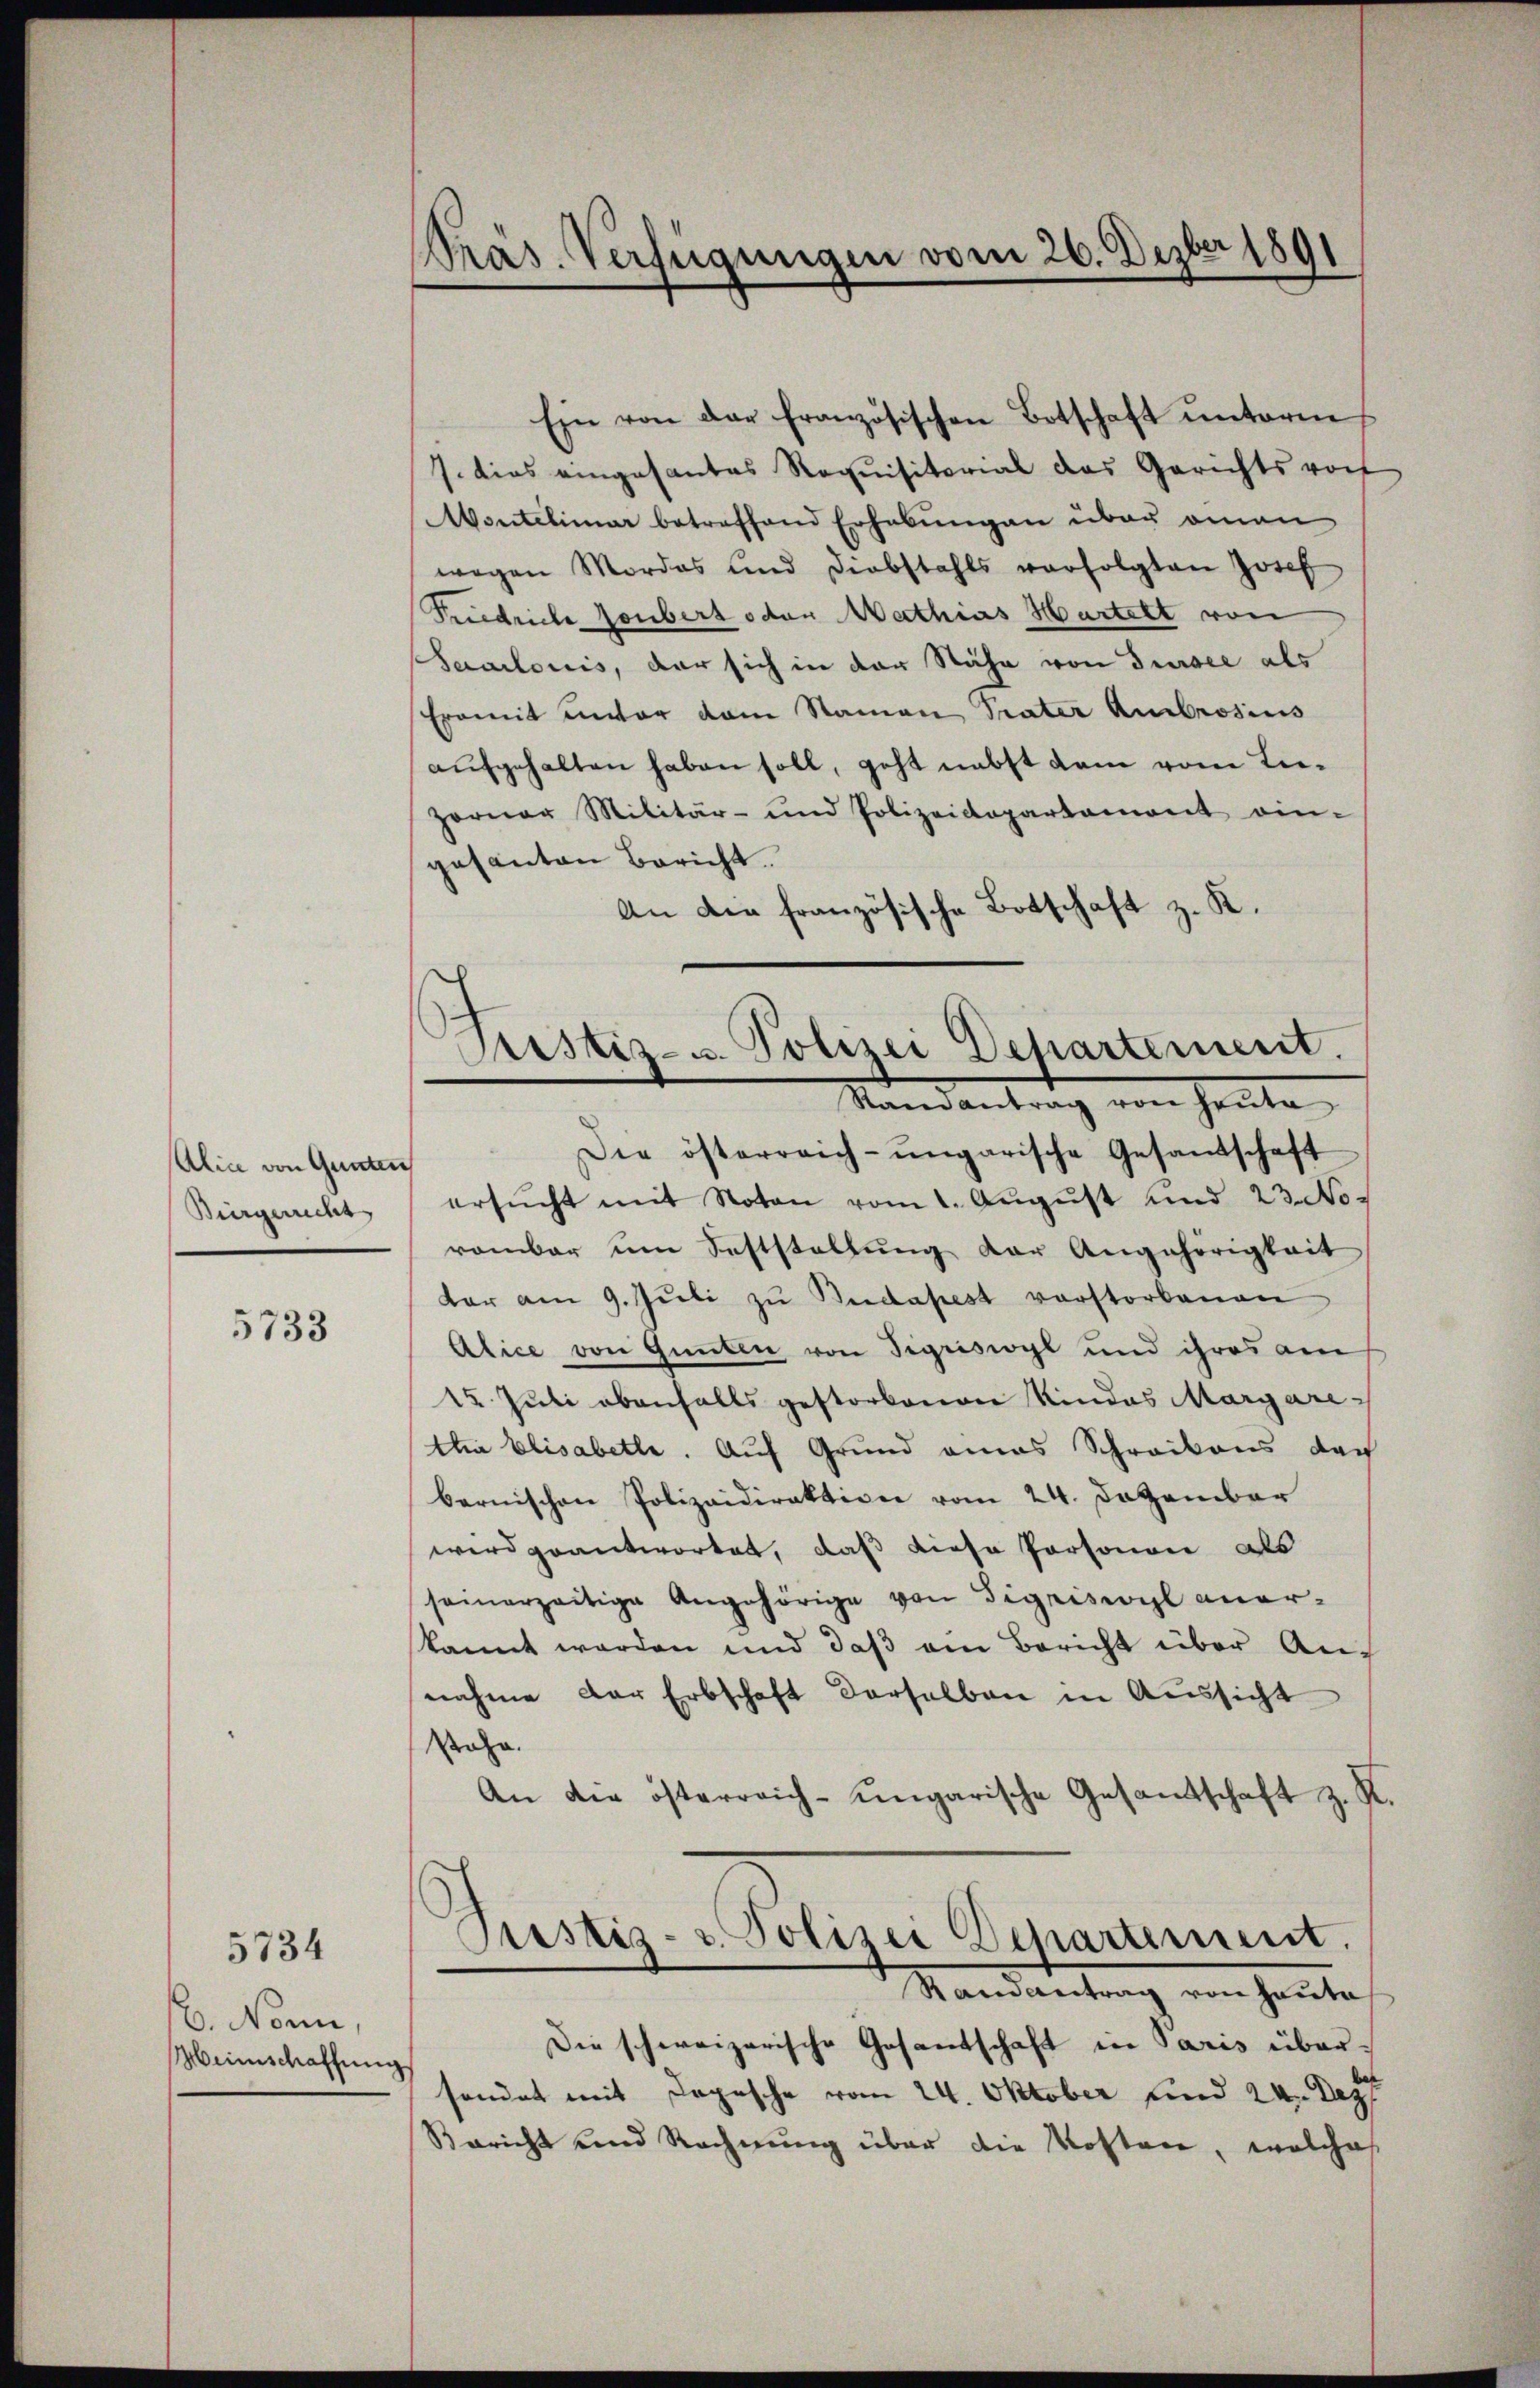
Alia von Gunten
Bürgerrecht

5733

16. Nonn,
Meinschaffung

5734

Pras. Verfügungen vom 26. Dezber 1891

Ein von der französischen Botschaft ŭnterm
7. dies eingesantes Requisitorial das Gerichtsvort
Montelinar betreffend Erhabŭngen über omnen
wegen Mordes und Diebstahls verfolgten Josef
Friedriche Jonbert oder Mathias Hartelt von
Saarlonis, der sich in der Nähe von Sursee als
Eromit unter dem Namen Präter Ambrosius
aŭfgehalten haben soll, geht nebst dem vom Lie¬
Zorner Militär- und Polizeidepartamont ein-
gesanten Bericht.
An die französische Botschaft z. K.
Die österreich-ungarische Gesandschaft
ersŭcht mit Noten vom 1. Aŭgŭst und 23. Noromber ŭm Feststellŭng der Angehörigkeit
dar am 9. Jŭli zŭ Budapest verstorbenen
Alice von Gummten von Sigriswyl und ihres am
25. Juli ebenfalls gestorbenen Kindes Margarettia Elisabette. Auf Grund eines Schreibens dach
bernischen Polizeidirektion vom 24. Dezember
wird geantwortet, daß diese Personen als
seinerzeitige Angehörige von Sigriswyl anerkannt werden und daß am Bericht über Annahme der Erbschaft derselben in Aussicht
Rache.
An die österreich-ungarische Gesandtschaft z. R.
Prostiz- u. Polizei Departement.
Randantrag von heŭte
Die schweizerische Gesandschaft in Paris übersondet mit Depesche vom 24. Oktober und 24. Dez
Bericht und Rechnŭng über die Kosten, welches

Justiz- u. Polizei Departement.
Mandantrag von heute